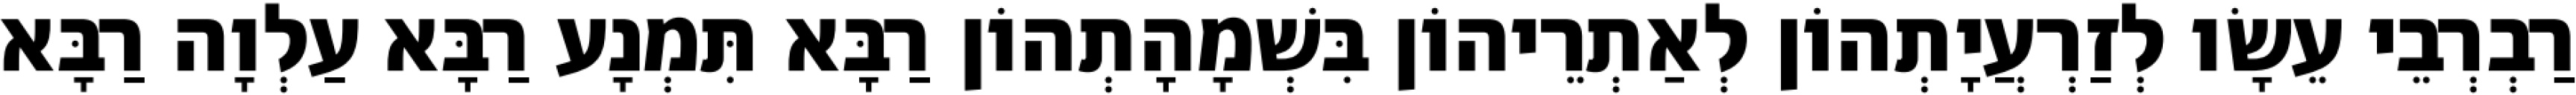
רַבְרְבֵי עֵשָׂו לְזַרְעֲיָתְהוֹן לְאַתְרֵיהוֹן בִּשְׁמָהָתְהוֹן רַבָּא תִּמְנָע רַבָּא עַלְוָה רַבָּא